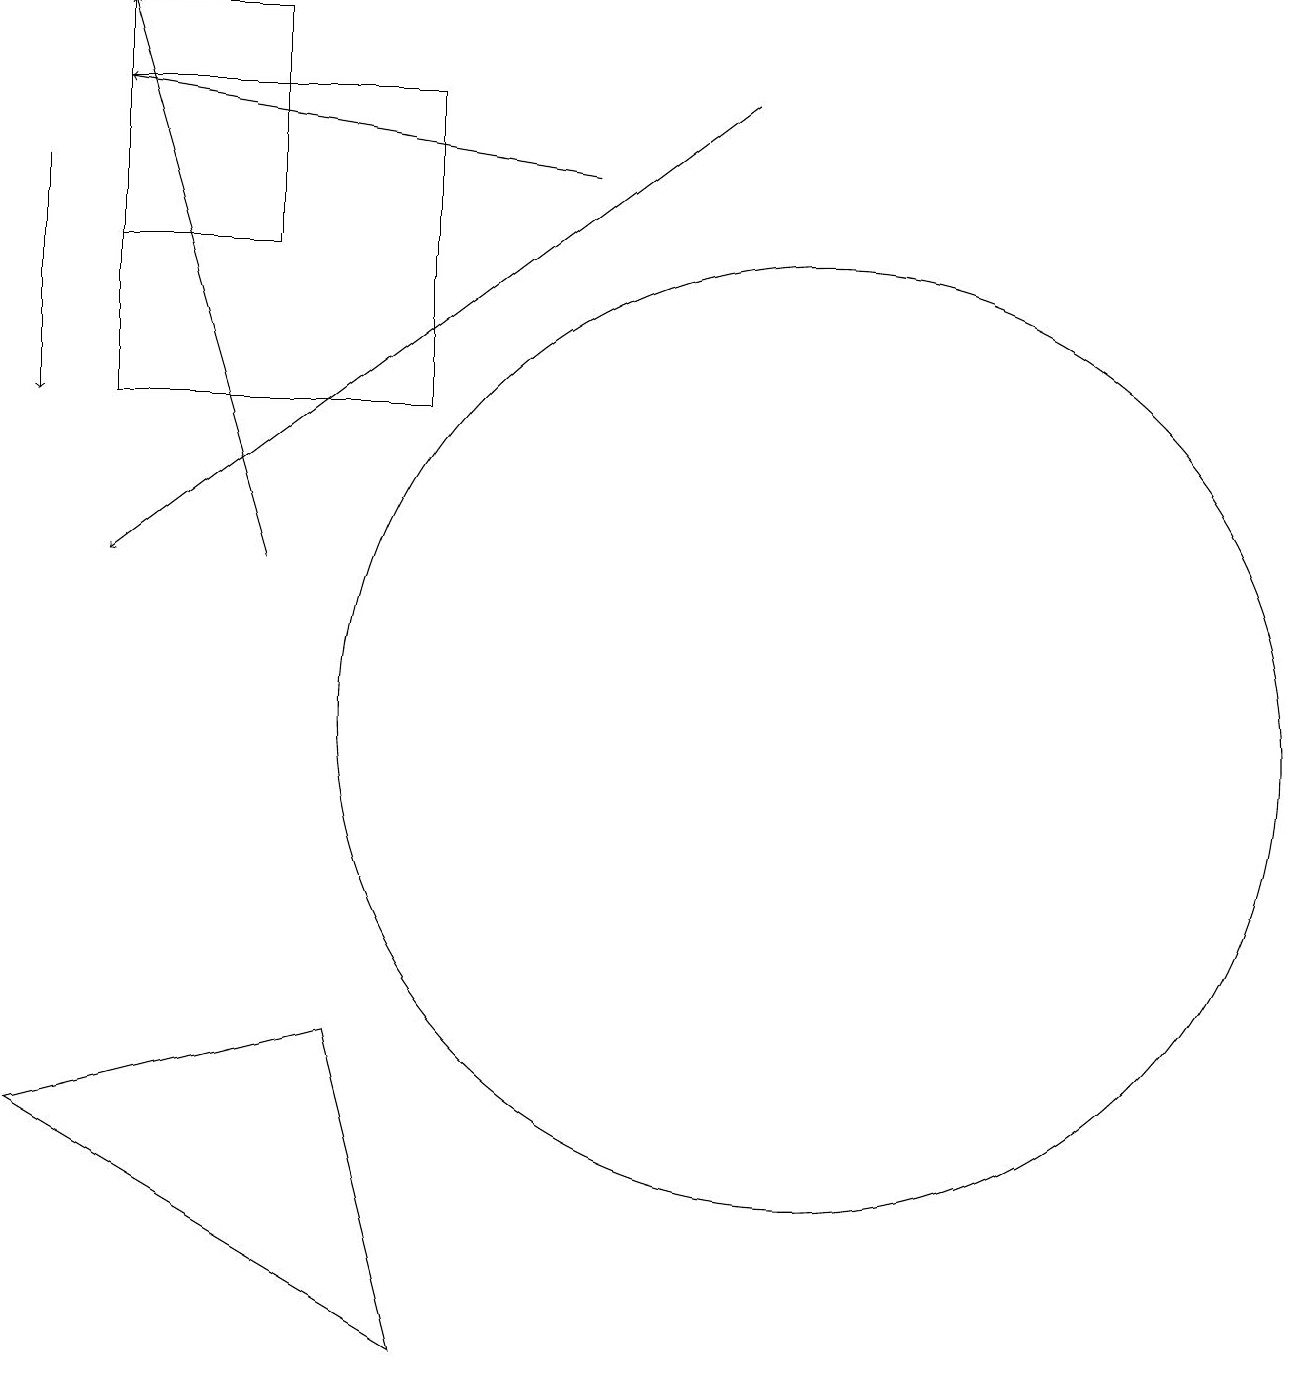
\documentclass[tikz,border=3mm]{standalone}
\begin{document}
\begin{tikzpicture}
\draw[->] (0,17) -- (0,14);
\draw[->] (9,18) -- (1,12);
\draw (4,6) -- (5,2) -- (0,5) -- cycle;
\draw[->] (3,12) -- (1,19);
\draw (1,14) rectangle (5,18);
\draw[->] (7,17) -- (1,18);
\draw (10,10) circle (6);
\draw (1,19) rectangle (3,16);
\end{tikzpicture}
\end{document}